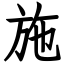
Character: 施